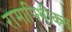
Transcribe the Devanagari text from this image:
रामापिथीकस